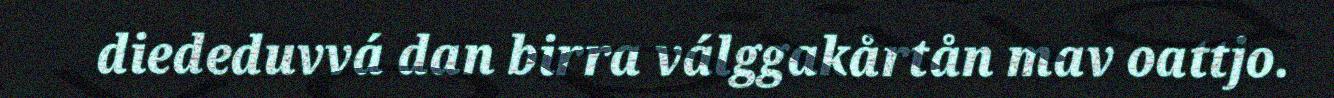
diededuvvá dan birra válggakårtån mav oattjo.